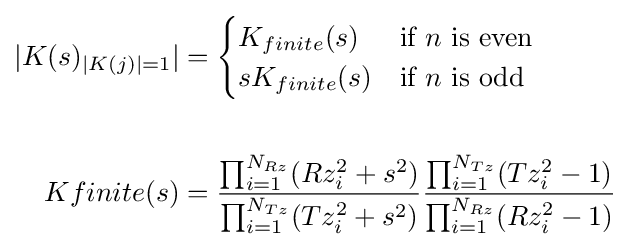
{\begin{aligned}|K(s)_{|K(j)|=1}|&={\begin{cases}K_{finite}(s)&{\text{if }}n{\text{ is even}}\\sK_{finite}(s)&{\text{if }}n{\text{ is odd}}\\\end{cases}}\\&\\K{finite}(s)&={\frac {\prod _{i=1}^{N_{Rz}}(Rz_{i}^{2}+s^{2})}{\prod _{i=1}^{N_{Tz}}(Tz_{i}^{2}+s^{2})}}{\frac {\prod _{i=1}^{N_{Tz}}(Tz_{i}^{2}-1)}{\prod _{i=1}^{N_{Rz}}(Rz_{i}^{2}-1)}}\\\end{aligned}}